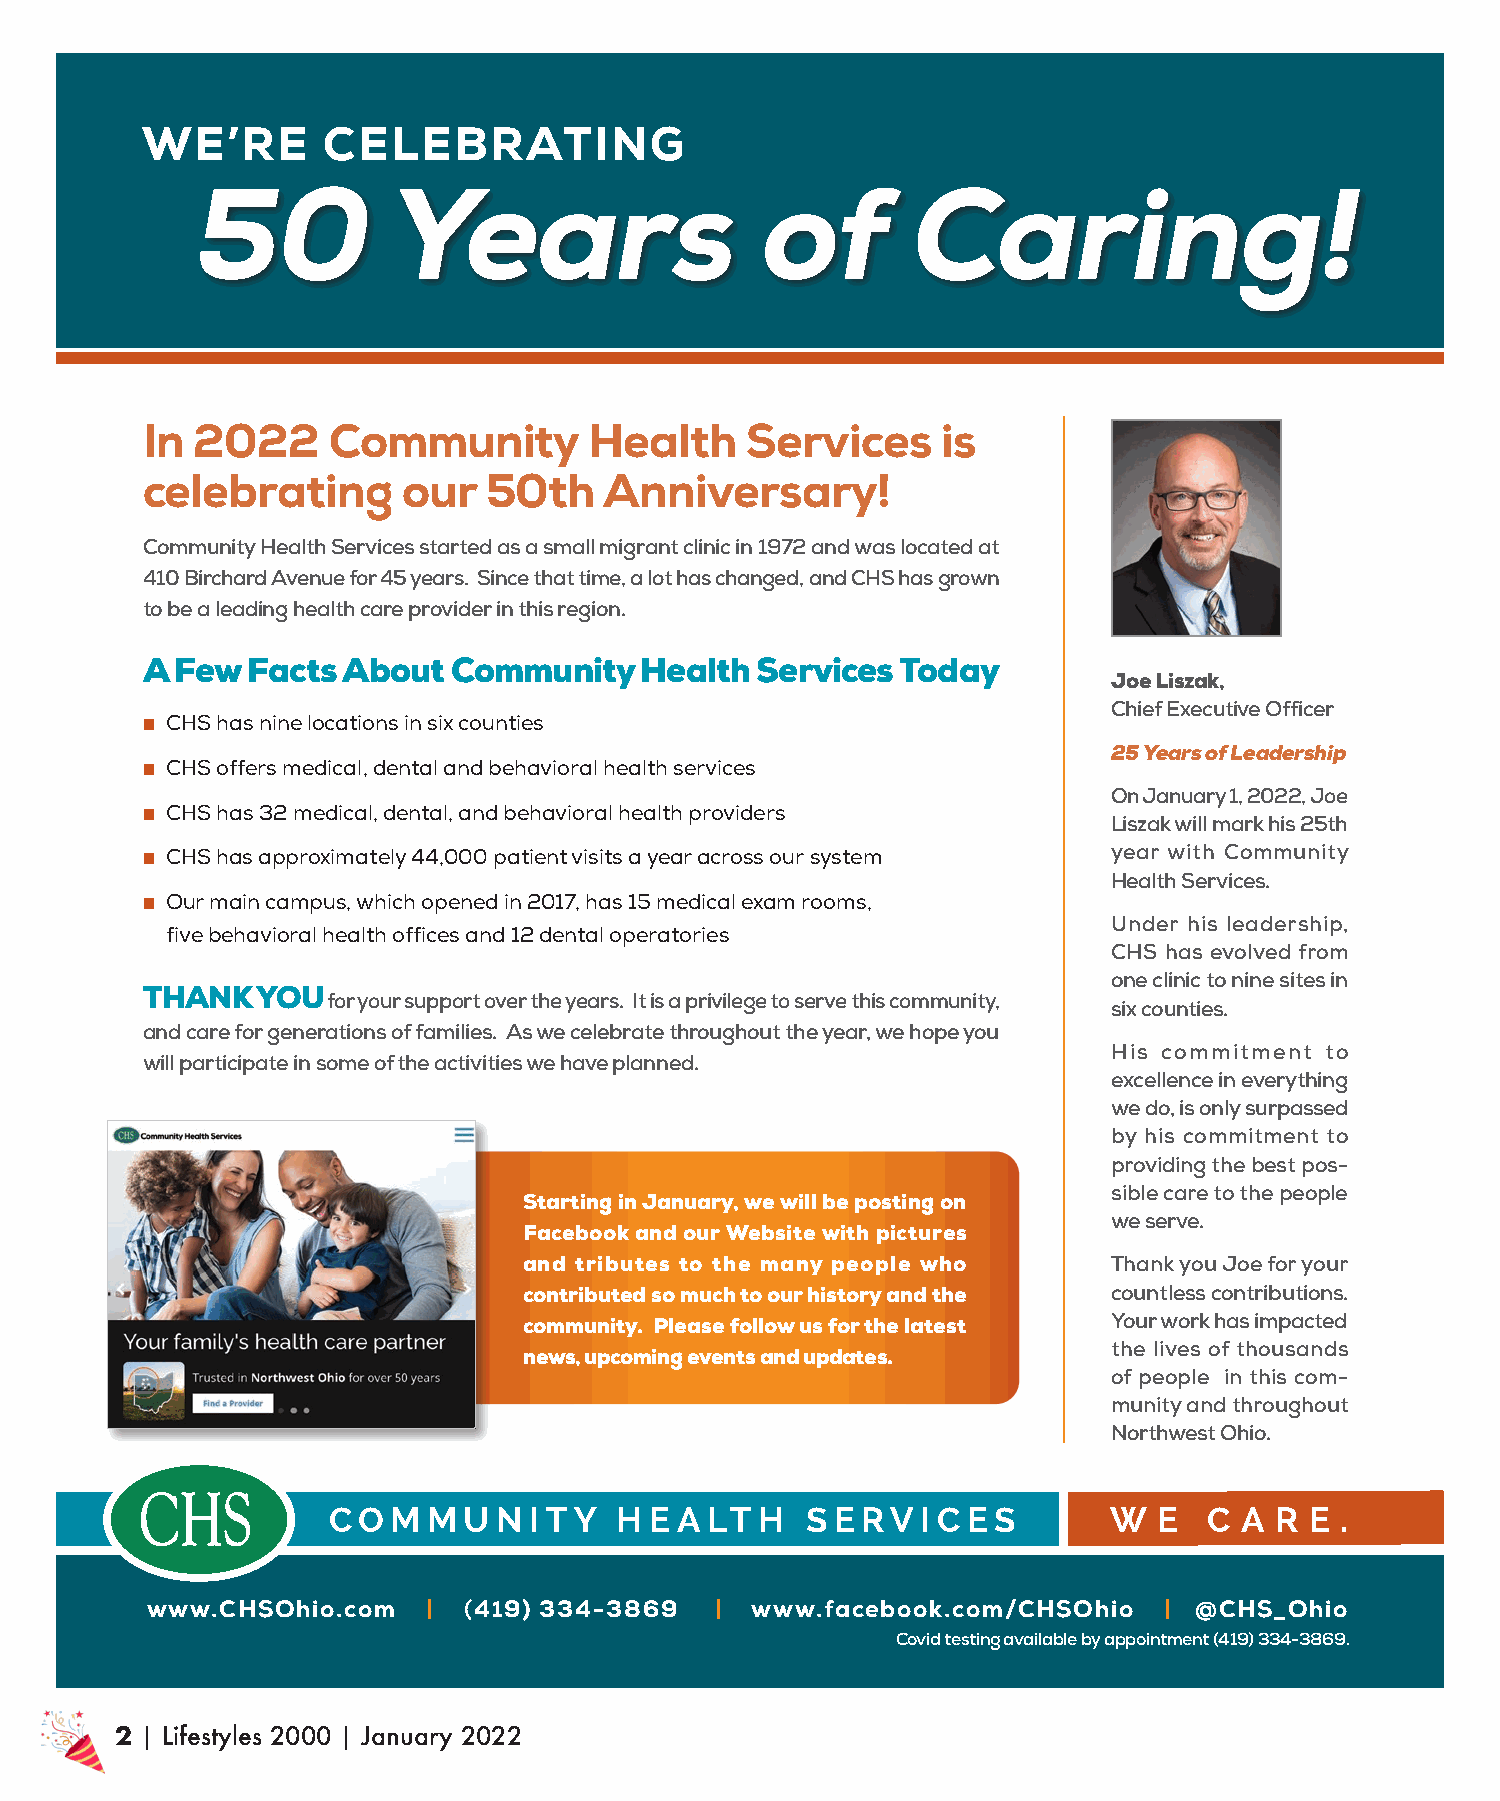
WE’RE       CELEBRATING
 50           Years                   of        Caring!
 In  2022     Community        Health    Services     is
 celebrating       our  50th    Anniversary!
 Community Health Services started as a small migrant clinic in 1972 and was located at
 410 Birchard Avenue for 45 years. Since that time, a lot has changed, and CHS has grown
 to be a leading health care provider in this region.
 A  Few Facts  About  Community   Health  Services  Today
 Joe Liszak,
 Chief Executive Officer
 n CHS has nine locations in six counties
 25 Years of Leadership
 n CHS offers medical, dental and behavioral health services
 On January 1, 2022, Joe
 n CHS has 32 medical, dental, and behavioral health providers
 Liszak will mark his 25th
 n CHS has approximately 44,000 patient visits a year across our system year with Community
 Health Services.
 n Our main campus, which opened in 2017, has 15 medical exam rooms,
 Under his leadership,
 five behavioral health offices and 12 dental operatories
 CHS has evolved from
 one clinic to nine sites in
 THANK   YOU
 for your support over the years. It is a privilege to serve this community,
 six counties.
 and care for generations of families. As we celebrate throughout the year, we hope you
 His commitment to
 will participate in some of the activities we have planned.
 excellence in everything
 we do, is only surpassed
 by his commitment to
 providing the best pos-
 sible care to the people
 Starting in January, we will be posting on
 we serve.
 Facebook and our Website with pictures
 and tributes to the many people who    Thank you Joe for your
 contributed so much to our history and the countless contributions.
 community. Please follow us for the latest Your work has impacted
 the lives of thousands
 news, upcoming events and updates.
 of people in this com-
 munity and throughout
 Northwest Ohio.
 C O M M  U N I T Y H E A LT H  S E RV  I C ES       W  E  C A R  E .
 www.CHSOhio.com   |  (419) 334-3869  |  www.facebook.com/CHSOhio   | @CHS_Ohio
 Covid testing available by appointment (419) 334-3869.
 2 | Lifestyles 2000 | January 2022